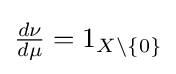
{\textstyle {\frac {d\nu }{d\mu }}=1_{X\setminus \{0\}}}